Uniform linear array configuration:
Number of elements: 64
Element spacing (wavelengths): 0.25
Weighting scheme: exponential
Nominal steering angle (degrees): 15
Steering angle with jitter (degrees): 14.407
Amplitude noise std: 0.05
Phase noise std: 0.05

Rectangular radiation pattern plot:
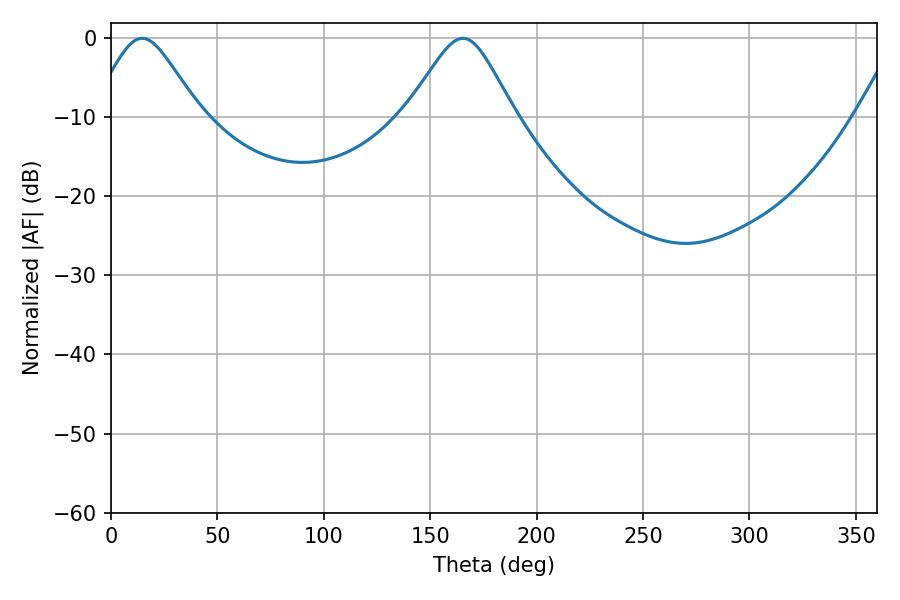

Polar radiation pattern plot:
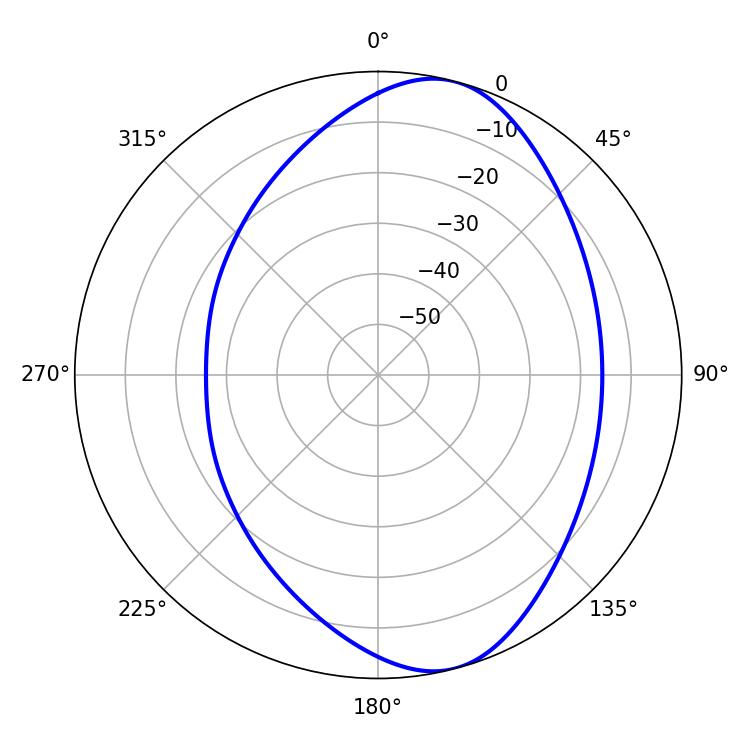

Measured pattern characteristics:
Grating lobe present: FALSE
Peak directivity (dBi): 8.21
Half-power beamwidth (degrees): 24.48
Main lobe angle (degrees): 14.58